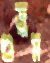
গুড়ুম